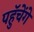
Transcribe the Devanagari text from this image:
पहुॅचेंगे